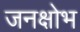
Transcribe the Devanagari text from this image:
जनक्षोभ